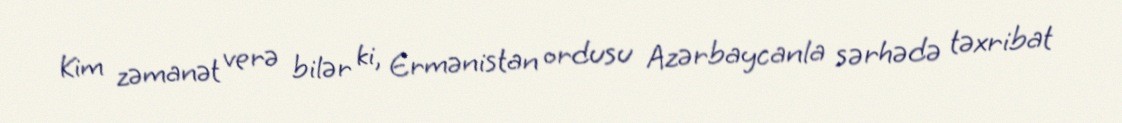
Kim zəmanət verə bilər ki, Ermənistan ordusu Azərbaycanla sərhədə təxribat